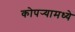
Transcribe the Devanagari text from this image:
कोपर्‍यामध्ये